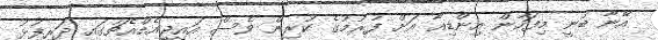
އޭނާ ބުނީ މިފަހުން އިންޑިއާ އަށް ފުރުމުގެ ކުރިން ވެސް އައިޖީއެމްއެޗުގައި ދަރިފުޅު